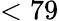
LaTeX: <79